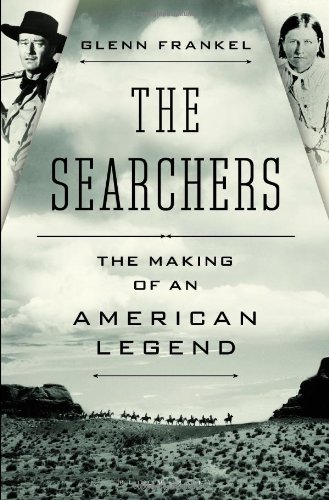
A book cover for The Searchers: The Making of an American Legend; Glenn Frankel; Humor & Entertainment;